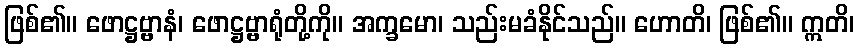
ဖြစ်၏။ ဖောဋ္ဌဗ္ဗာနံ၊ ဖောဋ္ဌဗ္ဗာရုံတို့ကို။ အက္ခမော၊ သည်းမခံနိုင်သည်။ ဟောတိ၊ ဖြစ်၏။ ဣတိ၊